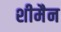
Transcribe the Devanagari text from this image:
शीमैन